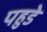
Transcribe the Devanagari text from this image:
पहुडे